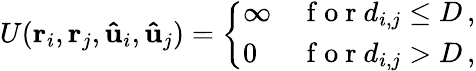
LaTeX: \begin{array}{r}{U(\mathbf{r}_{i},\mathbf{r}_{j},\mathbf{\hat{u}}_{i},\mathbf{\hat{u}}_{j})=\left\{ \begin{array}{ll}{\infty}&{\mathrm{~f~o~r~}d_{i,j}\leq D\, ,}\\ {0}&{\mathrm{~f~o~r~}d_{i,j}>D\, ,}\end{array}\right.}\end{array}